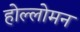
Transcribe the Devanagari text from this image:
होल्लोमन